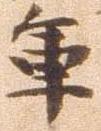
軍